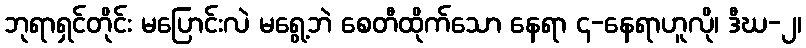
ဘုရာရှင်တိုင်း မပြောင်းလဲ မရွေ့ဘဲ စေတီထိုက်သော နေရာ ၄-နေရာဟူလို၊ ဒီဃ-၂၊